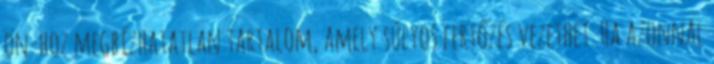
ön-hoz megbízhatatlan tartalom, amely súlyos fertőzés vezethet. Ha azonnal